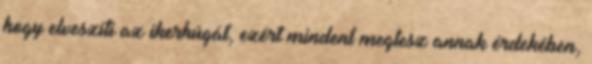
hogy elveszíti az ikerhúgát, ezért mindent megtesz annak érdekében,